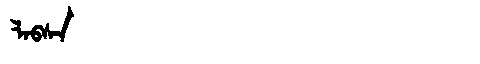
Manchu: ᠯᠠᠪᠰᠠ
Romanization: LABSA